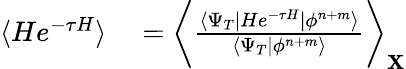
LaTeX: \begin{array}{rl}{\langle He^{-\tau H}\rangle}&{{}=\biggl\langle\frac{\langle\Psi_{T}|He^{-\tau H}|\phi^{n+m}\rangle}{\langle\Psi_{T}|\phi^{n+m}\rangle}\biggr\rangle_{\mathbf X}}\end{array}